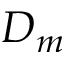
D _ { m }